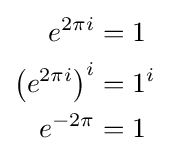
{\begin{aligned}e^{2\pi i}&=1\\\left(e^{2\pi i}\right)^{i}&=1^{i}\\e^{-2\pi }&=1\\\end{aligned}}